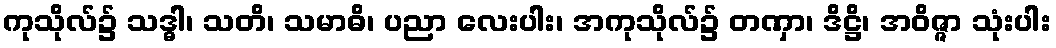
ကုသိုလ်၌ သဒ္ဓါ၊ သတိ၊ သမာဓိ၊ ပညာ လေးပါး၊ အကုသိုလ်၌ တဏှာ၊ ဒိဋ္ဌိ၊ အဝိဇ္ဇာ သုံးပါး